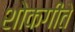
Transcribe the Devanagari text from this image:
शोकगीते